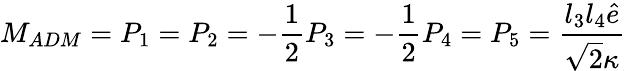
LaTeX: M_{ADM}=P_{1}=P_{2}=-\frac 12P_{3}=-\frac 12P_{4}=P_{5}=\frac{l_{3}l_{4}\hat{e}}{\sqrt{2}\kappa}